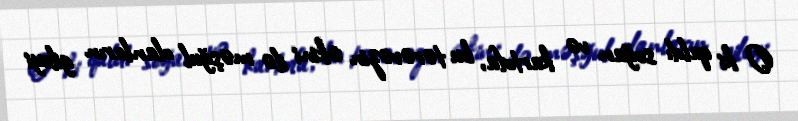
O ki qaldı soğan və kartofa, bu tərəvəzin əkini ilə məşğul olanların gileyi